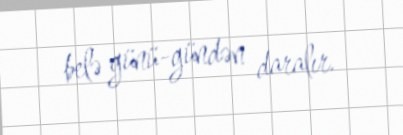
belə günü-gündən daralır.